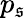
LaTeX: p_{\mathfrak{s}}